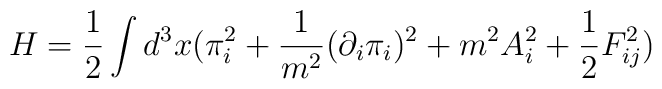
H = \frac{1}{2}\int d^3x (\pi_i^2 +\frac{1}{m^2}(\partial_i\pi_i)^2 +m^2 A_i^2 +\frac{1}{2} F_{ij}^2) \nonumber